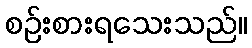
စဉ်းစားရသေးသည်။